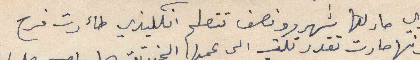
ماري صار لها شهرين ونصف تتعلم انكليزي طأرت فرح